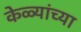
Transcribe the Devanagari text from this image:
केळ्यांच्या